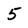
Character: 5